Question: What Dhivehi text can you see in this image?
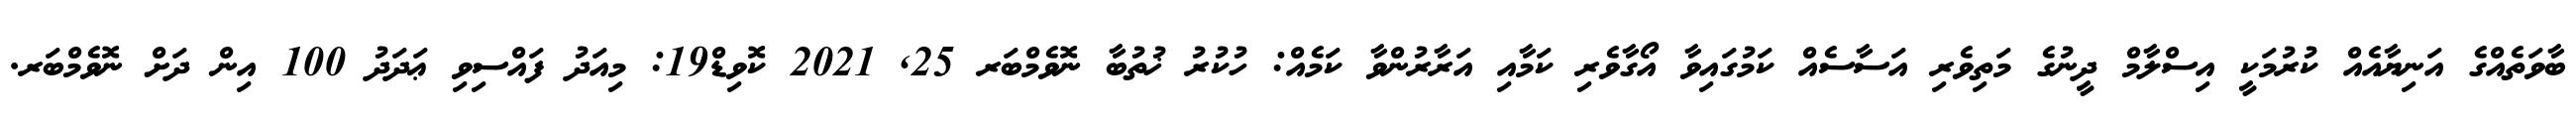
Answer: ބާވަތެއްގެ އަނިޔާއެއް ކުރުމަކީ އިސްލާމް ދީނުގެ މަތިވެރި އަސާސެއް ކަމުގައިވާ އޯގާވެރި ކަމާއި އަރާރުންވާ ކަމެއް: ހުކުރު ޚުތުބާ ނޮވެމްބަރ 25, 2021 ކޮވިޑް19: މިއަދު ފައްސިވި ޢަދަދު 100 އިން ދަށް ނޮވެމްބަރ.